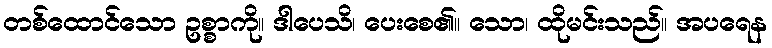
တစ်ထောင်သော ဥစ္စာကို။ ဒါပေသိ၊ ပေးစေ၏။ သော၊ ထိုမင်းသည်။ အပရေန